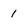
Character: 1